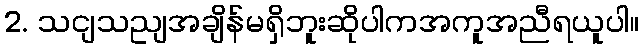
2. သငျသညျအချိန်မရှိဘူးဆိုပါကအကူအညီရယူပါ။